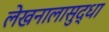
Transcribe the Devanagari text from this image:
लेखनालासुद्धा